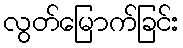
လွတ်မြောက်ခြင်း